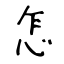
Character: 怎